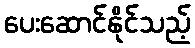
ပေးဆောင်နိုင်သည့်